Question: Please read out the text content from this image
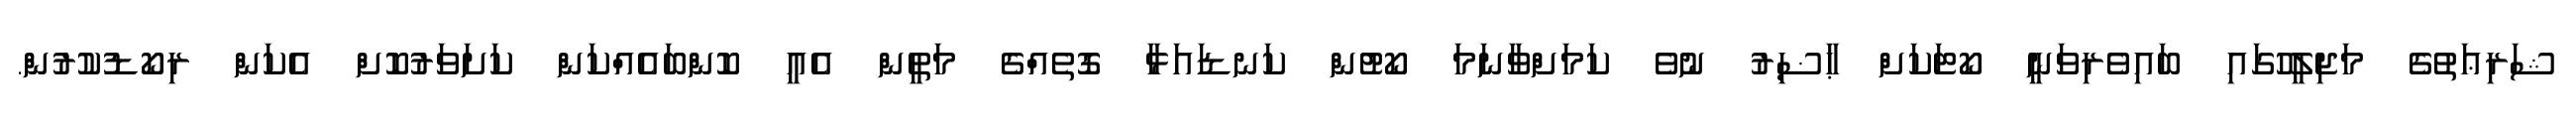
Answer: ޝަރިޢަތުގެ މަޖިލީހުގައި ބައިވެރިވަނީ ކޯޓަކަށް ޙާޟިރު ނުވެ ކަމަށްވާނަމަ ކޯޓުން ކަނޑައަޅާ ގޮތެއްގެ މަތީން އެއީ ކޮންބައެއްކަން ކަށަވަރުކޮށް އެކަން ރިކޯޑުކުރުން.